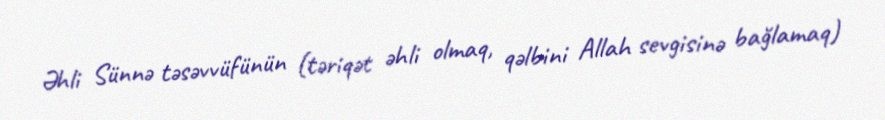
Əhli Sünnə təsəvvüfünün (təriqət əhli olmaq, qəlbini Allah sevgisinə bağlamaq)